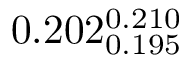
0 . 2 0 2 _ { 0 . 1 9 5 } ^ { 0 . 2 1 0 }